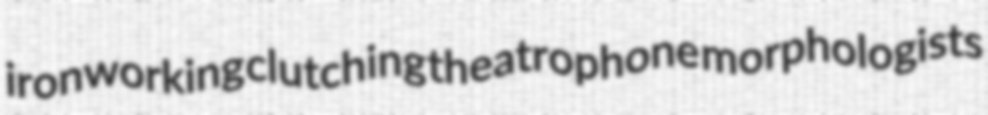
ironworking clutching theatrophone morphologists